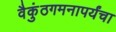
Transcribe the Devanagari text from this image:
वैकुंठगमनापर्यंचा